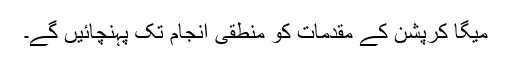
میگا کرپشن کے مقدمات کو منطقی انجام تک پہنچائیں گے۔